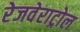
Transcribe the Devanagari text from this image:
रेजवेराट्रोल